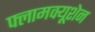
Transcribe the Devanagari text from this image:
फ्लामक्यूशेन